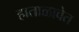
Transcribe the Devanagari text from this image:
हाताळावेत